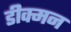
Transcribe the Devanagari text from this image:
डीक्मन